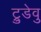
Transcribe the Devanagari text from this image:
ट्रुडेवु